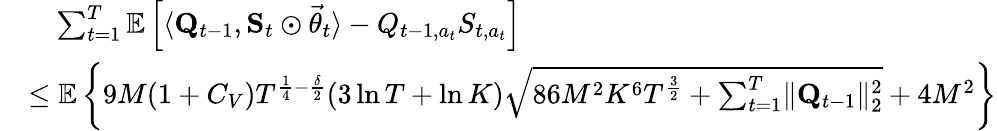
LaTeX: \begin{array}{rl}&{\quad\sum_{t=1}^{T}\mathbb E\left[\langle\mathbf Q_{t-1},\mathbf S_{t}\odot\vec{\theta}_{t}\rangle-Q_{t-1,a_{t}}S_{t,a_{t}}\right]}\\ &{\le\mathbb E\left\{ 9M(1+C_{V})T^{\frac 14-\frac\delta 2}(3\ln T+\ln K)\sqrt{86M^{2}K^{6}T^{\frac 32}+\sum_{t=1}^{T}\lVert\mathbf Q_{t-1}\rVert_{2}^{2}}+4M^{2}\right\} }\end{array}